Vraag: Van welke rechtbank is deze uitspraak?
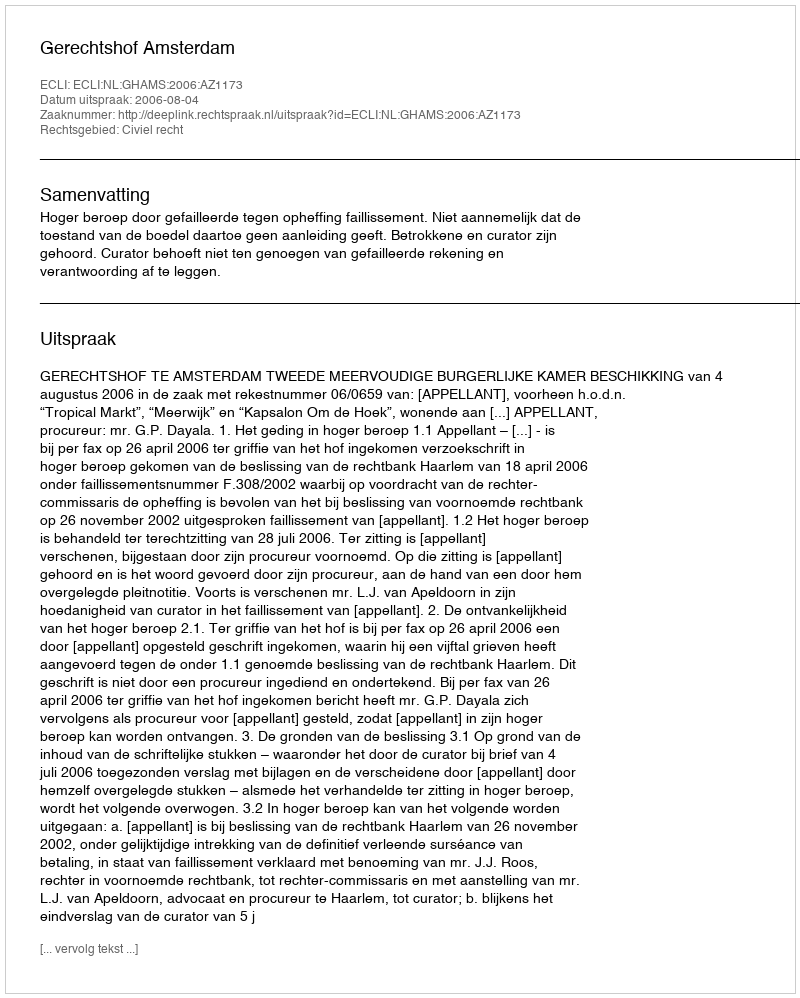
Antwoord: Gerechtshof Amsterdam